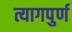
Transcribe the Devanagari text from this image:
त्यागपुर्ण